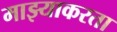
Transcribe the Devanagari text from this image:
माझ्याकरता